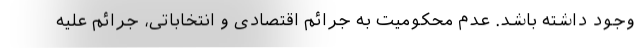
وجود داشته باشد. عدم محکومیت به جرائم اقتصادی و انتخاباتی، جرائم علیه